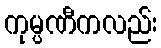
ကုမ္ပဏီကလည်း